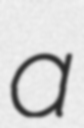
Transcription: a